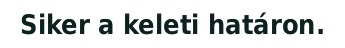
Siker a keleti határon.